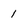
Character: 1